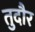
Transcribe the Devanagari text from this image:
तुदौर